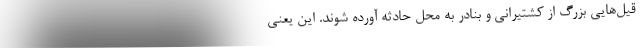
قیل‌هایی بزرگ از کشتیرانی و بنادر به محل حادثه آورده شوند. این یعنی